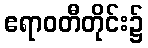
ဧရာဝတီတိုင်း၌